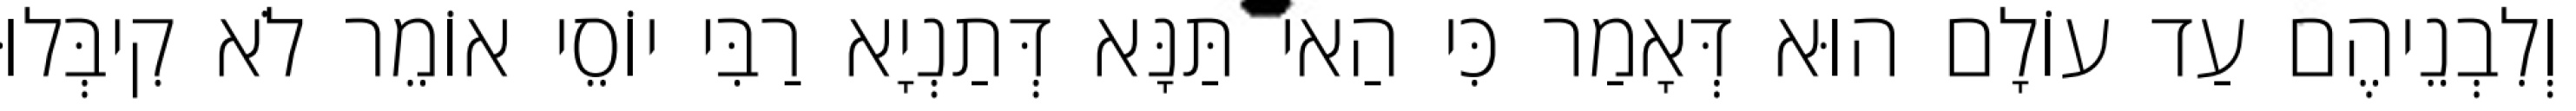
וְלִבְנֵיהֶם עַד עוֹלָם הוּא דְּאָמַר כִּי הַאי תַּנָּא דְּתַנְיָא רַבִּי יוֹסֵי אוֹמֵר לֹא קִיבְּלוּ